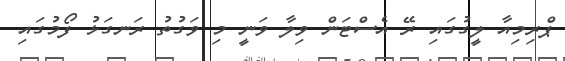
ޕްރިމިއާ ލީގުގައި ރޭ އެސްޓަން ވިލާ ވަނީ މި ވަގުތު ރަނގަޅު ފޯމުގައި